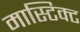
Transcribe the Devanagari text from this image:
मास्टिक्ट